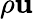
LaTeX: \rho\mathbf{u}